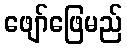
ဖျော်ဖြေမည်